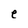
Character: e